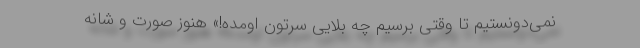
نمی‌دونستیم تا وقتی برسیم چه بلایی سرتون اومده!» هنوز صورت و شانه